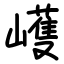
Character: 㠛